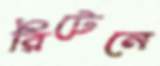
রিটেনে